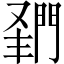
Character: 𨴦